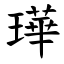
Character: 璍